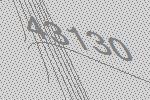
43130